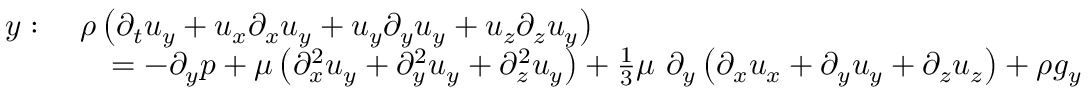
{ \begin{array} { r l } { y : \ } & { \rho \left( { \partial _ { t } u _ { y } } + u _ { x } { \partial _ { x } u _ { y } } + u _ { y } { \partial _ { y } u _ { y } } + u _ { z } { \partial _ { z } u _ { y } } \right) } \\ & { \quad = - { \partial _ { y } p } + \mu \left( { \partial _ { x } ^ { 2 } u _ { y } } + { \partial _ { y } ^ { 2 } u _ { y } } + { \partial _ { z } ^ { 2 } u _ { y } } \right) + { \frac { 1 } { 3 } } \mu \ \partial _ { y } \left( { \partial _ { x } u _ { x } } + { \partial _ { y } u _ { y } } + { \partial _ { z } u _ { z } } \right) + \rho g _ { y } } \end{array} }